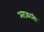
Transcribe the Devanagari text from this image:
अटकाती